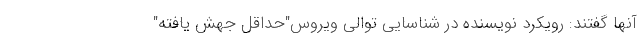
آنها گفتند: رویکرد نویسنده در شناسایی توالی ویروس"حداقل جهش یافته"